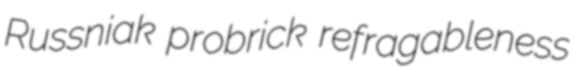
Russniak probrick refragableness